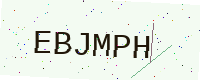
Text: EBJMPH